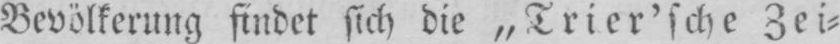
Bevölkerung findet sich die „Trier’sche Zei⸗